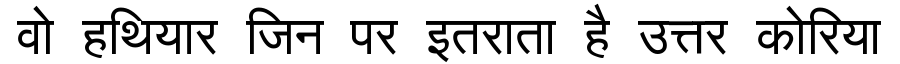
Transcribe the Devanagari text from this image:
वो हथियार जिन पर इतराता है उत्तर कोरिया